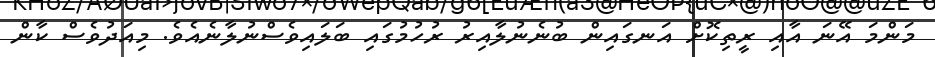
މަންމަ އޭނަ އާއި ރީތިކޮށް އަނގައިން ބުނެނުލާއިރު ރުހުމުގައި ބަލައިވެސްނުލާނެއެވެ. މިއަދުވެސް ކާން